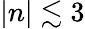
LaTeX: |n|\lesssim 3